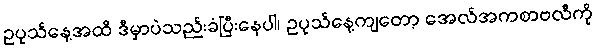
ဥပုသ်နေ့အထိ ဒီမှာပဲသည်းခံပြီးနေပါ၊ ဥပုသ်နေ့ကျတော့ အေလ်အကစာဗလီကို